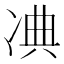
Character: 𠗘